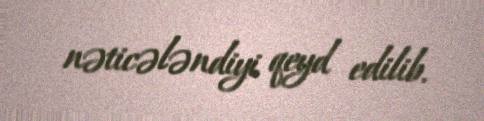
nəticələndiyi qeyd edilib.